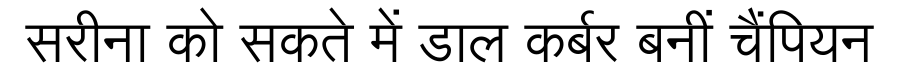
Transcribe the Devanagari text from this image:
सरीना को सकते में डाल कर्बर बनीं चैंपियन